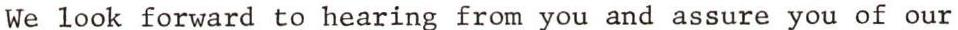
We look forward to hearing from you and assure you of our